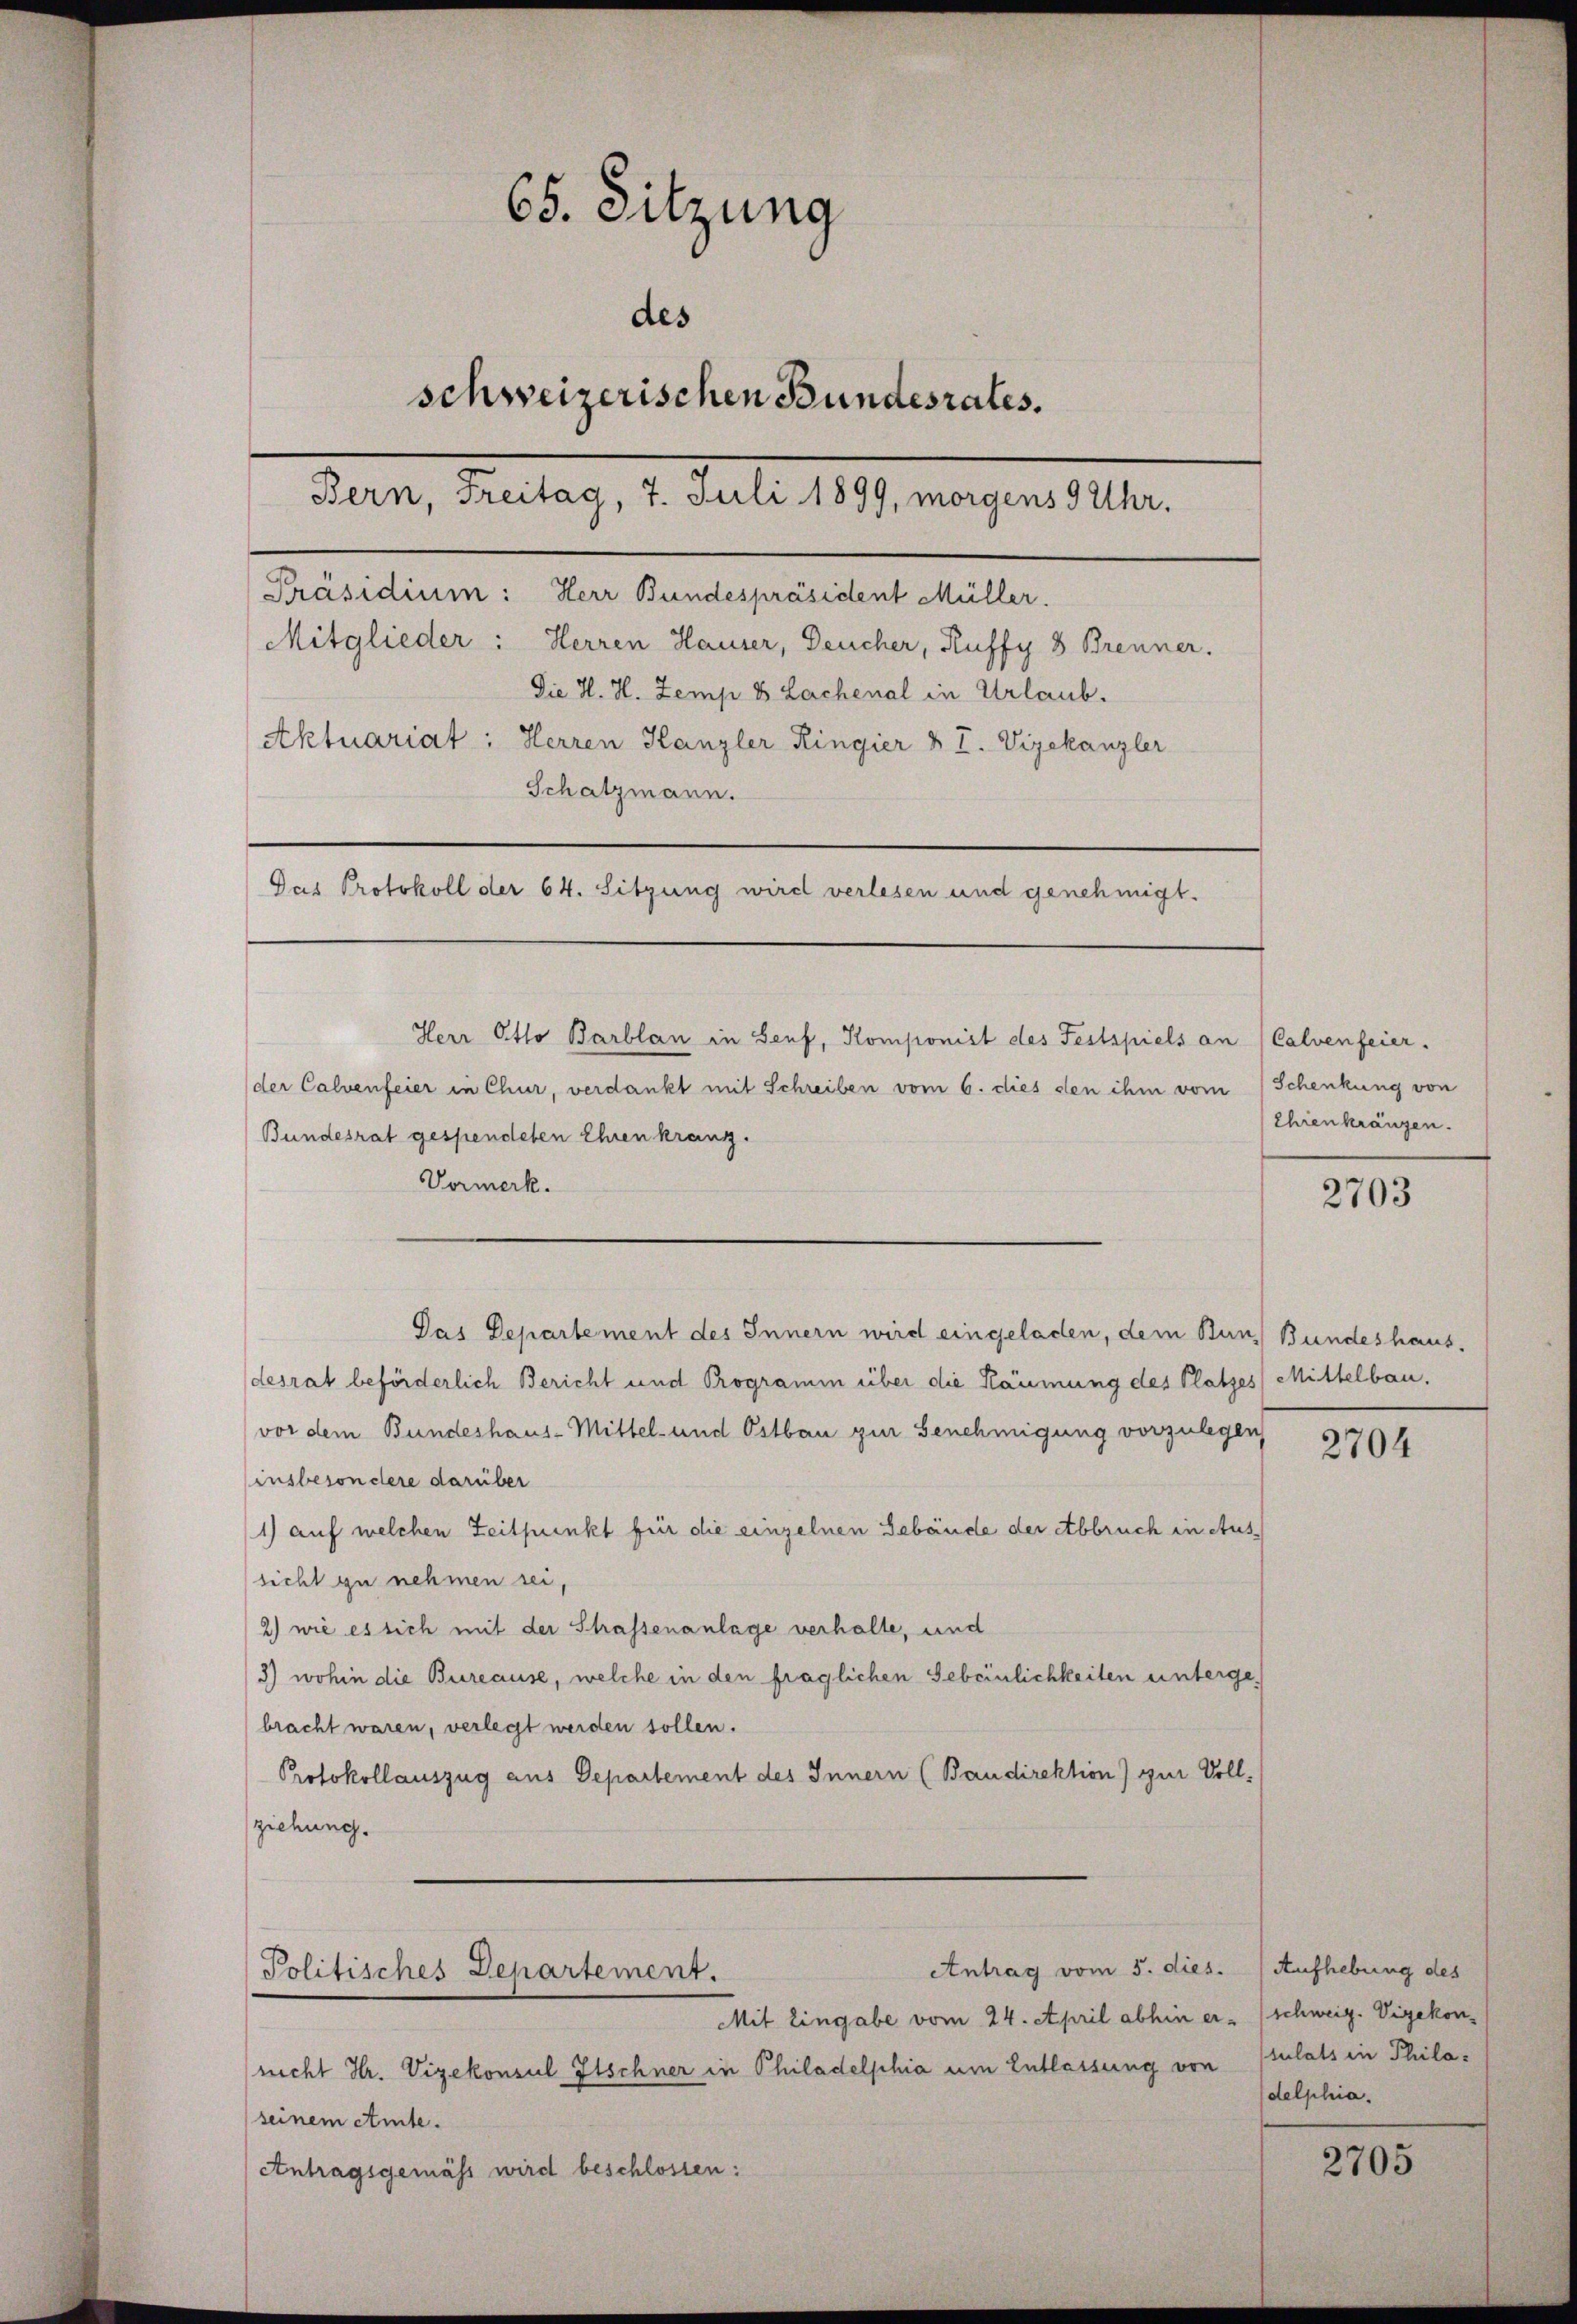
65. Sitzung
des
schweizerischen Bundesrates.
Bern, Freitag, 7. Juli 1899, morgens 9 Uhr.
Präsidium: Herr Bundespräsident Müller.
Mitglieder: Herren Hauser, Deucher, Ruffy 8 Brenner.
Die H. H. Zemp 8 Lachenal in Urlaub.
Aktuariat: Herren Kanzler Ringier & I. Vizekanzler
Schatzmann.
Das Protokoll der 64. Sitzung wird verlesen und genehmigt.

Bundesrat gespendeten Ehren kranz.
Vormerk.

Herr Otto Barblan in Senf, Komponist des Festspiels an
der Calvenfeier in Chur, verdankt mit Schreiben vom 6. dies den ihm vom

desrat beförderlich Bericht und Programin über die Räumung des Platzes) Mittelbau.
vor dem Bundeshaus-Mittel- und Ostbau zur Benehmigung vorzulegen
insbesondere darüber
1) auf welchen Zeitpunkt für die einzelnen Gebäude der Abbruch in Aussicht zu nehmen sei,
2) wie es sich mit der Schassenanlage verhalte, und
3) wohin die Bureause, welche in den fraglichen Gebeinlichkeiten untergebracht waren, verlegt werden sollen.
Protokollauszug aus Departement des Innern (Baudirektion) zur Vollziehung.

Das Departement des Innern wird eingeladen, dem Bun Bundeshaus,

Mit Eingabe vom 24. April abhin er- (schweiz. Vizekonnicht Hr. Vizekonsul Itschner in Philadelphia um Entlassung von
seinem Amte.
Antragsgemäss wird beschlossen:

Antrag vom 5. dies
Politisches Departement.

Calvenfeier.
Schenkung von
Ehrenkränzen.

2703

2704

Aufhebung des
u
stulats in Philadelphia.

2705